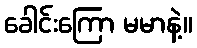
ခေါင်းကြော မမာနဲ့။